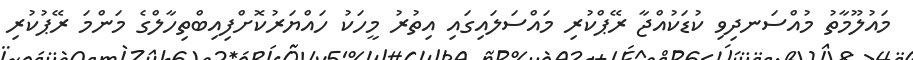
މައުލޫމާތު މުއްސަނދިވި ކުޑަކުއްޖާ ރޭޕްކުރި މައްސަލައިގައި އިތުރު މީހަކު ހައްޔަރުކޮށްފިއިބްތިހާލްގެ މަންމަ ރޭޕުކުރި